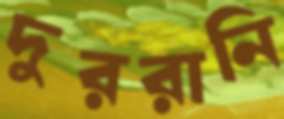
দুররানি